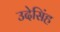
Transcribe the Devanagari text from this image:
उदेसिंह